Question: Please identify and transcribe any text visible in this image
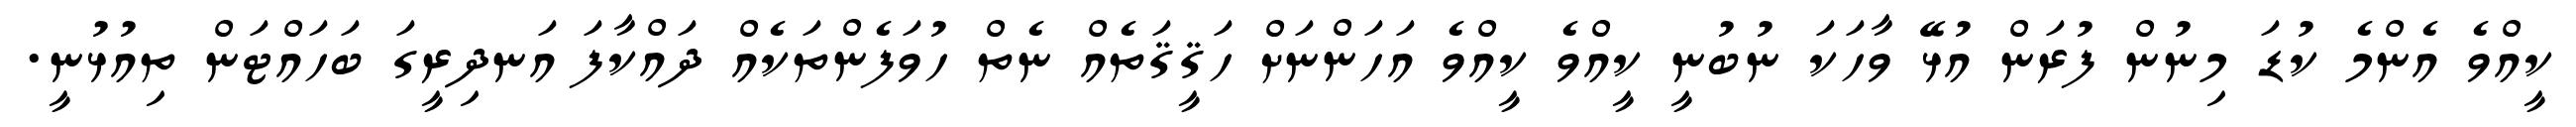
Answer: ކީއްވެ އެންމެ ކުޑަ މިނުން ފުރަން އުޅޭ ވާހަކަ ނުބުނީ ކީއްވެ ކީއްވެ އަހަންނަށް ހަޤީޤަތެއް ނެތް ހުވަފެންތަކެއް ދައްކާފަ އަނދިރީގަ ބަހައްޓަން ތިއުޅުނީ.